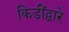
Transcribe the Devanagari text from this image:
किडींद्वारे